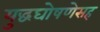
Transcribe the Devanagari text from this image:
युद्धघोषणेसह